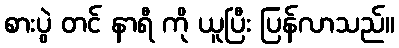
စားပွဲ တင် နာရီ ကို ယူပြီး ပြန်လာသည်။